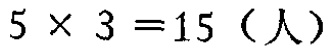
\(5\times 3 = 15\)（人）